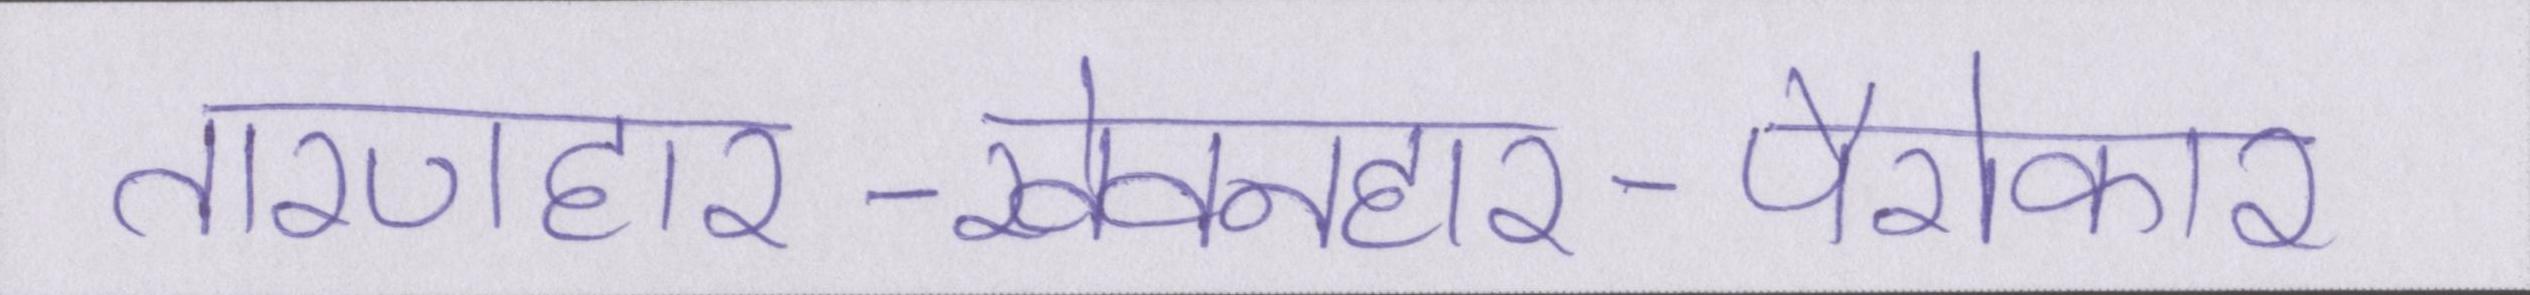
तारणहार-खेवनहार-पैरोकार